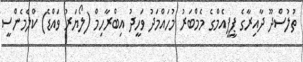
ތުލުސްދޫ ދާއިރާގެ ޕީޕީއެމްގެ މެމްބަރު މުހައްމަދު ވަހީދު އިބްރާހިމް (ލޯޔަރު ވައްޑެ) ކްލެމެންސީ